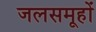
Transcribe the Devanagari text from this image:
जलसमूहों